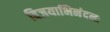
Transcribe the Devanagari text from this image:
विजयाभिनंदनः